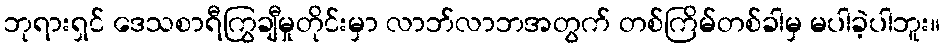
ဘုရားရှင် ဒေသစာရီကြွချီမှုတိုင်းမှာ လာဘ်လာဘအတွက် တစ်ကြိမ်တစ်ခါမှ မပါခဲ့ပါဘူး။